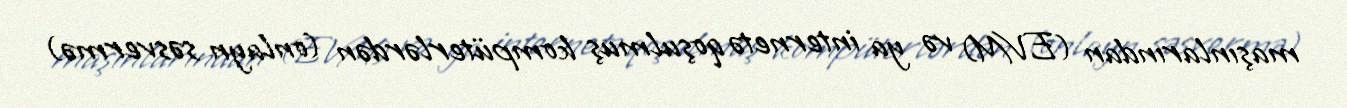
maşınlarından (EVM) və ya internetə qoşulmuş kompüterlərdən (onlayn səsvermə)